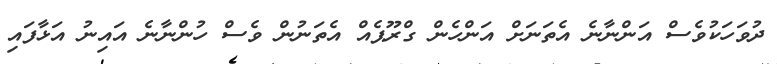
ދުވަހަކުވެސް އަންނާނެ އެތަނަށް އަންހެން ގްރޫޕެއް އެތަނުން ވެސް ހުންނާނެ އައިނު އަޅާފައި